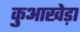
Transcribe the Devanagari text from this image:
कुआखेड़ा